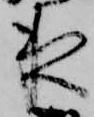
夜